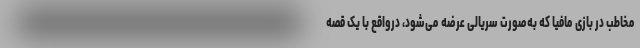
مخاطب در بازی مافیا که به‌صورت سریالی عرضه می‌شود، درواقع با یک قصه